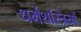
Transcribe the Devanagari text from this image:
धर्मशस्त्रियों